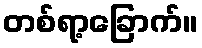
တစ်ရာ့ခြောက်။